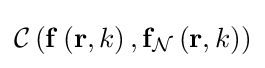
{\mathcal {C}}\left(\mathbf {f} \left(\mathbf {r} ,k\right),\mathbf {f} _{\mathcal {N}}\left(\mathbf {r} ,k\right)\right)